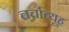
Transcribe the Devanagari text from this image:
चर्चाव्यूह